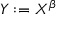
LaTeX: Y : = X ^ { \beta }